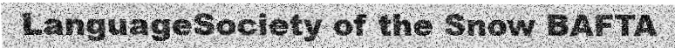
LanguageSociety of the Snow BAFTA